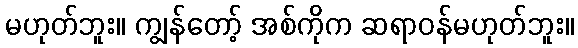
မဟုတ်ဘူး။ ကျွန်တော့် အစ်ကိုက ဆရာဝန်မဟုတ်ဘူး။